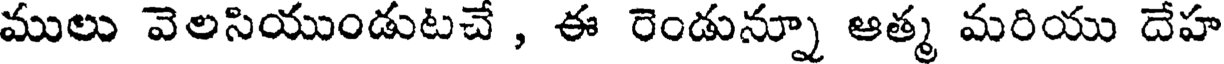
ములు వెలసియుండుటచే , ఈ రెండున్నూ ఆత్మ మరియు దేహ